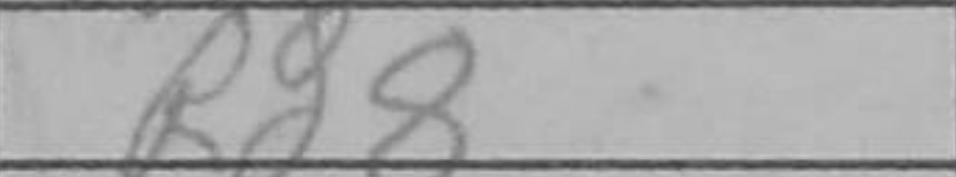
Transcription: Rd8